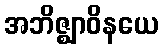
အဘိဇ္ဈာဝိနယေ